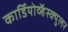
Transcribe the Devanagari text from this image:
कार्डियोव्हॅस्क्युलर